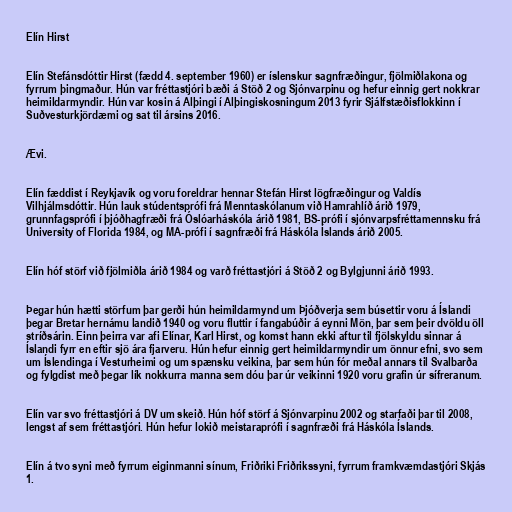
Elín Hirst

Elín Stefánsdóttir Hirst (fædd 4. september 1960) er íslenskur sagnfræðingur, fjölmiðlakona og
fyrrum þingmaður. Hún var fréttastjóri bæði á Stöð 2 og Sjónvarpinu og hefur einnig gert nokkrar
heimildarmyndir. Hún var kosin á Alþingi í Alþingiskosningum 2013 fyrir Sjálfstæðisflokkinn í
Suðvesturkjördæmi og sat til ársins 2016.

Ævi.

Elín fæddist í Reykjavík og voru foreldrar hennar Stefán Hirst lögfræðingur og Valdís
Vilhjálmsdóttir. Hún lauk stúdentsprófi frá Menntaskólanum við Hamrahlíð árið 1979,
grunnfagsprófi í þjóðhagfræði frá Óslóarháskóla árið 1981, BS-prófi í sjónvarpsfréttamennsku frá
University of Florida 1984, og MA-prófi í sagnfræði frá Háskóla Íslands árið 2005.

Elín hóf störf við fjölmiðla árið 1984 og varð fréttastjóri á Stöð 2 og Bylgjunni árið 1993.

Þegar hún hætti störfum þar gerði hún heimildarmynd um Þjóðverja sem búsettir voru á Íslandi
þegar Bretar hernámu landið 1940 og voru fluttir í fangabúðir á eynni Mön, þar sem þeir dvöldu öll
stríðsárin. Einn þeirra var afi Elínar, Karl Hirst, og komst hann ekki aftur til fjölskyldu sinnar á
Íslandi fyrr en eftir sjö ára fjarveru. Hún hefur einnig gert heimildarmyndir um önnur efni, svo sem
um Íslendinga í Vesturheimi og um spænsku veikina, þar sem hún fór meðal annars til Svalbarða
og fylgdist með þegar lík nokkurra manna sem dóu þar úr veikinni 1920 voru grafin úr sífreranum.

Elín var svo fréttastjóri á DV um skeið. Hún hóf störf á Sjónvarpinu 2002 og starfaði þar til 2008,
lengst af sem fréttastjóri. Hún hefur lokið meistaraprófi í sagnfræði frá Háskóla Íslands.

Elín á tvo syni með fyrrum eiginmanni sínum, Friðriki Friðrikssyni, fyrrum framkvæmdastjóri Skjás
1.